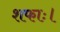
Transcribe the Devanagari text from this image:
शफाः।